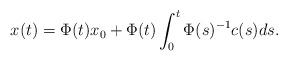
LaTeX: \begin{align*} x(t)=\Phi(t)x_0+\Phi(t) \int_0^t\Phi(s)^{-1} c(s) ds.\end{align*}